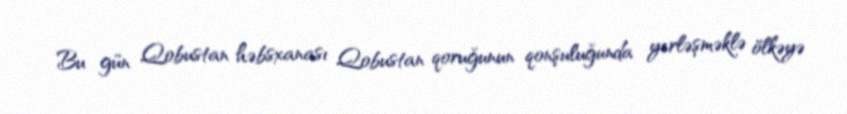
Bu gün Qobustan həbsxanası Qobustan qoruğunun qonşuluğunda yerləşməklə ölkəyə